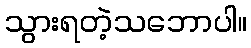
သွားရတဲ့သဘောပါ။